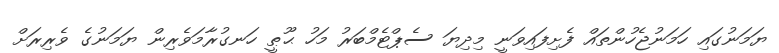
ޔަމަނުގައި ހަމަނުޖެހުންތައް ފެށިފައިވަނީ މިދިޔަ ސެޕްޓެމްބަރު މަހު ޙޫޠީ ހަނގުރާމަވެރިން ޔަމަނުގެ ވެރިރަށް